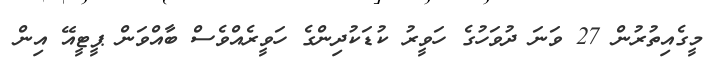
މީގެއިތުރުން 27 ވަނަ ދުވަހުގެ ހަވީރު ކުޑަކުދިންގެ ހަވީރެއްވެސް ބާއްވަން ޕީޓީއޭ އިން